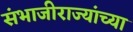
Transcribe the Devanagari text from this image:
संभाजीराज्यांच्या